Indian journal of veterinary science and animal husbandry - Volume 13,
Year: 1943
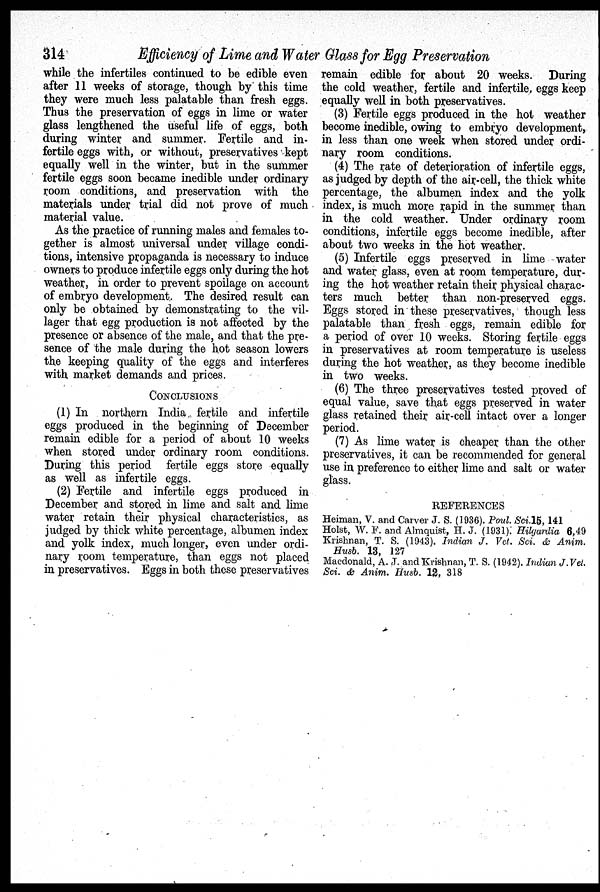
314
Efficiency of Lime and Water Glass for Egg Preservation
while the infertiles continued to be edible even
after 11 weeks of storage, though by this time
they were much less palatable than fresh eggs.
Thus the preservation of eggs in lime or water
glass lengthened the useful life of eggs, both
during winter and summer. Fertile and in-
fertile eggs with, or without, preservatives kept
equally well in the winter, but in the summer
fertile eggs soon became inedible under ordinary
room conditions, and preservation with the
materials under trial did not prove of much
material value.
As the practice of running males and females to-
gether is almost universal under village condi-
tions, intensive propaganda is necessary to induce
owners to produce infertile eggs only during the hot
weather, in order to prevent spoilage on account
of embryo development. The desired result can
only be obtained by demonstrating to the vil-
lager that egg production is not affected by the
presence or absence of the male, and that the pre-
sence of the male during the hot season lowers
the keeping quality of the eggs and interferes
with market demands and prices.
CONCLUSIONS
(1) In northern India fertile and infertile
eggs produced in the beginning of December
remain edible for a period of about 10 weeks
when stored under ordinary room conditions.
During this period fertile eggs store equally
as well as infertile eggs.
(2) Fertile and infertile eggs produced in
December and stored in lime and salt and lime
water retain their physical characteristics, as
judged by thick white percentage, albumen index
and yolk index, much longer, even under ordi-
nary room temperature, than eggs not placed
in preservatives. Eggs in both these preservatives
remain edible for about 20 weeks. During
the cold weather, fertile and infertile, eggs keep
equally well in both preservatives.
(3) Fertile eggs produced in the hot weather
become inedible, owing to embryo development,
in less than one week when stored under ordi-
nary room conditions.
(4) The rate of deterioration of infertile eggs,
as judged by depth of the air-cell, the thick white
percentage, the albumen index and the yolk
index, is much more rapid in the summer than
in the cold weather. Under ordinary room
conditions, infertile eggs become inedible, after
about two weeks in the hot weather.
(5) Infertile eggs preserved in lime water
and water glass, even at room temperature, dur-
ing the hot weather retain their physical charac-
ters much better than non-preserved eggs.
Eggs stored in these preservatives, though less
palatable than fresh eggs, remain edible for
a period of over 10 weeks. Storing fertile eggs
in preservatives at room temperature is useless
during the hot weather, as they become inedible
in two weeks.
(6) The three preservatives tested proved of
equal value, save that eggs preserved in water
glass retained their air-cell intact over a longer
period.
(7) As lime water is cheaper than the other
preservatives, it can be recommended for general
use in preference to either lime and salt or water
glass.
REFERENCES
Heiman, V. and Carver J. S. (1936). Poul. Sci.15, 141
Holst, W. F. and Almquist, H. J. (1931). Hilgardia 6,49
Krishnan, T. S. (1943). Indian J. Vet. Sci. & Anim.
Husb. 13, 127
Macdonald, A. J. and Krishnan, T. S. (1942). Indian J.Vet.
Sci. & Anim. Husb. 12, 318